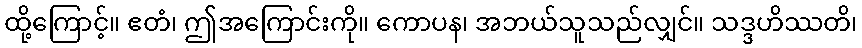
ထို့ကြောင့်။ ဧတံ၊ ဤအကြောင်းကို။ ကောပန၊ အဘယ်သူသည်လျှင်။ သဒ္ဒဟိဿတိ၊